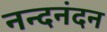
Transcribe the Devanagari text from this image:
नन्दनंदन